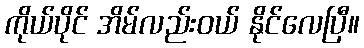
ကိုယ်ပိုင် အိမ်လည်းဝယ် နိုင်လေပြီ။